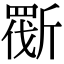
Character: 𣂿